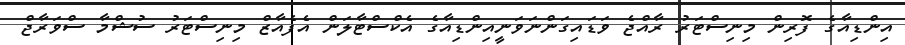
އިންޑިއާގެ ފޮރިން މިނިސްޓަރު ރާއްޖެ ވަޑައިގަންނަވަނީއިންޑިއާގެ އެކްސްޓާލަން އެފެއާޒް މިނިސްޓަރު ސުޝްމާ ސްވަރާޖް